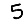
Digit: 5